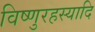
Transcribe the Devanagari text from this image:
विष्णुरहस्यादि